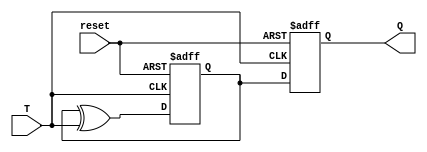
module TFF (
    input T,
    input reset,
    output reg Q
);

reg Q1, Q2;

always @(posedge T or posedge reset) begin
    if (reset) begin
        Q1 <= 1'b0;
        Q2 <= 1'b0;
    end else begin
        Q1 <= Q1 ^ T;
        Q2 <= Q1;
    end
end

assign Q = Q2;

endmodule